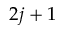
2 j + 1